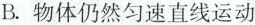
B.物体仍然匀速直线运动